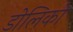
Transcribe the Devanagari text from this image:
डोलिको